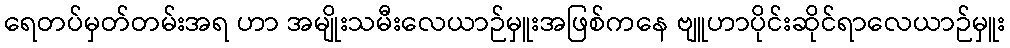
ရေတပ်မှတ်တမ်းအရ ဟာ အမျိုးသမီးလေယာဉ်မှူးအဖြစ်ကနေ ဗျူဟာပိုင်းဆိုင်ရာလေယာဉ်မှူး